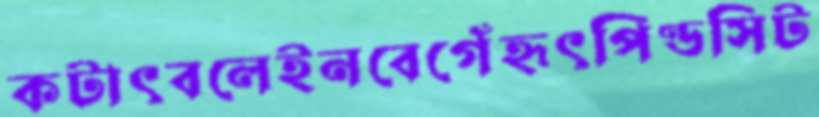
কটাৎবলেইনবেগেঁহৃৎপিণ্ডসিট